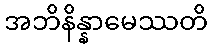
အဘိနိန္နာမေဿတိ